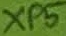
Text: XP5